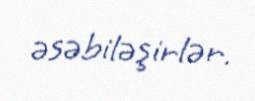
əsəbiləşirlər.